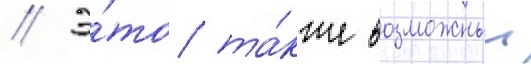
// Э́то та́кже возможныи